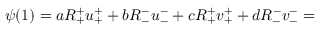
\psi ( 1 ) = a R _ { + } ^ { + } u _ { + } ^ { + } + b R _ { - } ^ { - } u _ { - } ^ { - } + c R _ { + } ^ { + } v _ { + } ^ { + } + d R _ { - } ^ { - } v _ { - } ^ { - } =